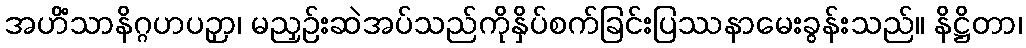
အဟိံသာနိဂ္ဂဟပဉှာ၊ မညှဉ်းဆဲအပ်သည်ကိုနှိပ်စက်ခြင်းပြဿနာမေးခွန်းသည်။ နိဋ္ဌိတာ၊